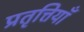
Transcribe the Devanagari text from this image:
प्रतृत्तियाँ